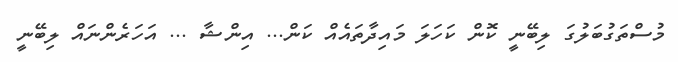
މުސްތަގުބަލުގަ ލިބޭނީ ކޮން ކަހަލަ މައިދާތައެއް ކަން... އިންޝާ ... އަހަރެންނައް ލިބޭނީ